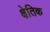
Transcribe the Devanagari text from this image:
क्षेतिक